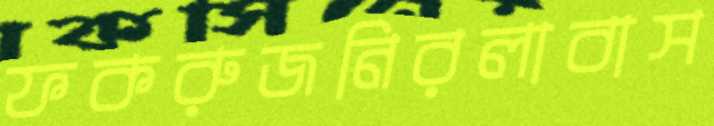
ফকরুজনিরলাবাস